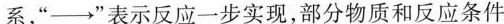
系，”\rightarrow”表示反应一步实现，部分物质和反应条件